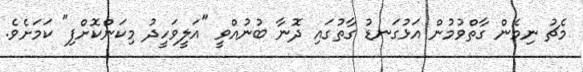
މެޗު ނިމެން ގާތްވުމުން އަޅުގަނޑު ގާތުގައި ދޮނާ ބުނުއްވީ "އަލީވަހީދު މިކަންކޮށްފި" ކަމަށެވެ.